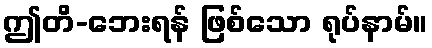
ဤတိ-ဘေးရန် ဖြစ်သော ရုပ်နာမ်။